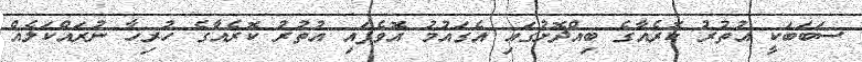
ސަބަބަކީ އުތުރު ކޮރެއާގެ ބިއްދޮށުގައި އެގައުމު އޮވެފައި އުތުރު ކޮރެއާގެ ހުރިހާ ނުރައްކަލެއް